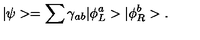
| \psi > = \sum \gamma _ { a b } { } | \phi _ { L } ^ { a } > | \phi _ { R } ^ { b } > .